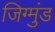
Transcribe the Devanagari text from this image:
जिग्मुंड